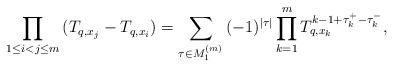
LaTeX: \begin{align*}\prod_{1\leq i < j\leq m}{(T_{q, x_j} - T_{q, x_i})} = \sum_{\tau\in M^{(m)}_1}{(-1)^{|\tau|}\prod_{k = 1}^m{T_{q, x_k}^{k - 1 + \tau_k^+ - \tau_k^- }}},\end{align*}